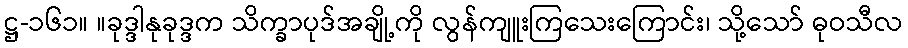
ဋ္ဌ-၁၆၁။ ။ခုဒ္ဒါနုခုဒ္ဒက သိက္ခာပုဒ်အချို့ကို လွန်ကျူးကြသေးကြောင်း၊ သို့သော် ဓုဝသီလ